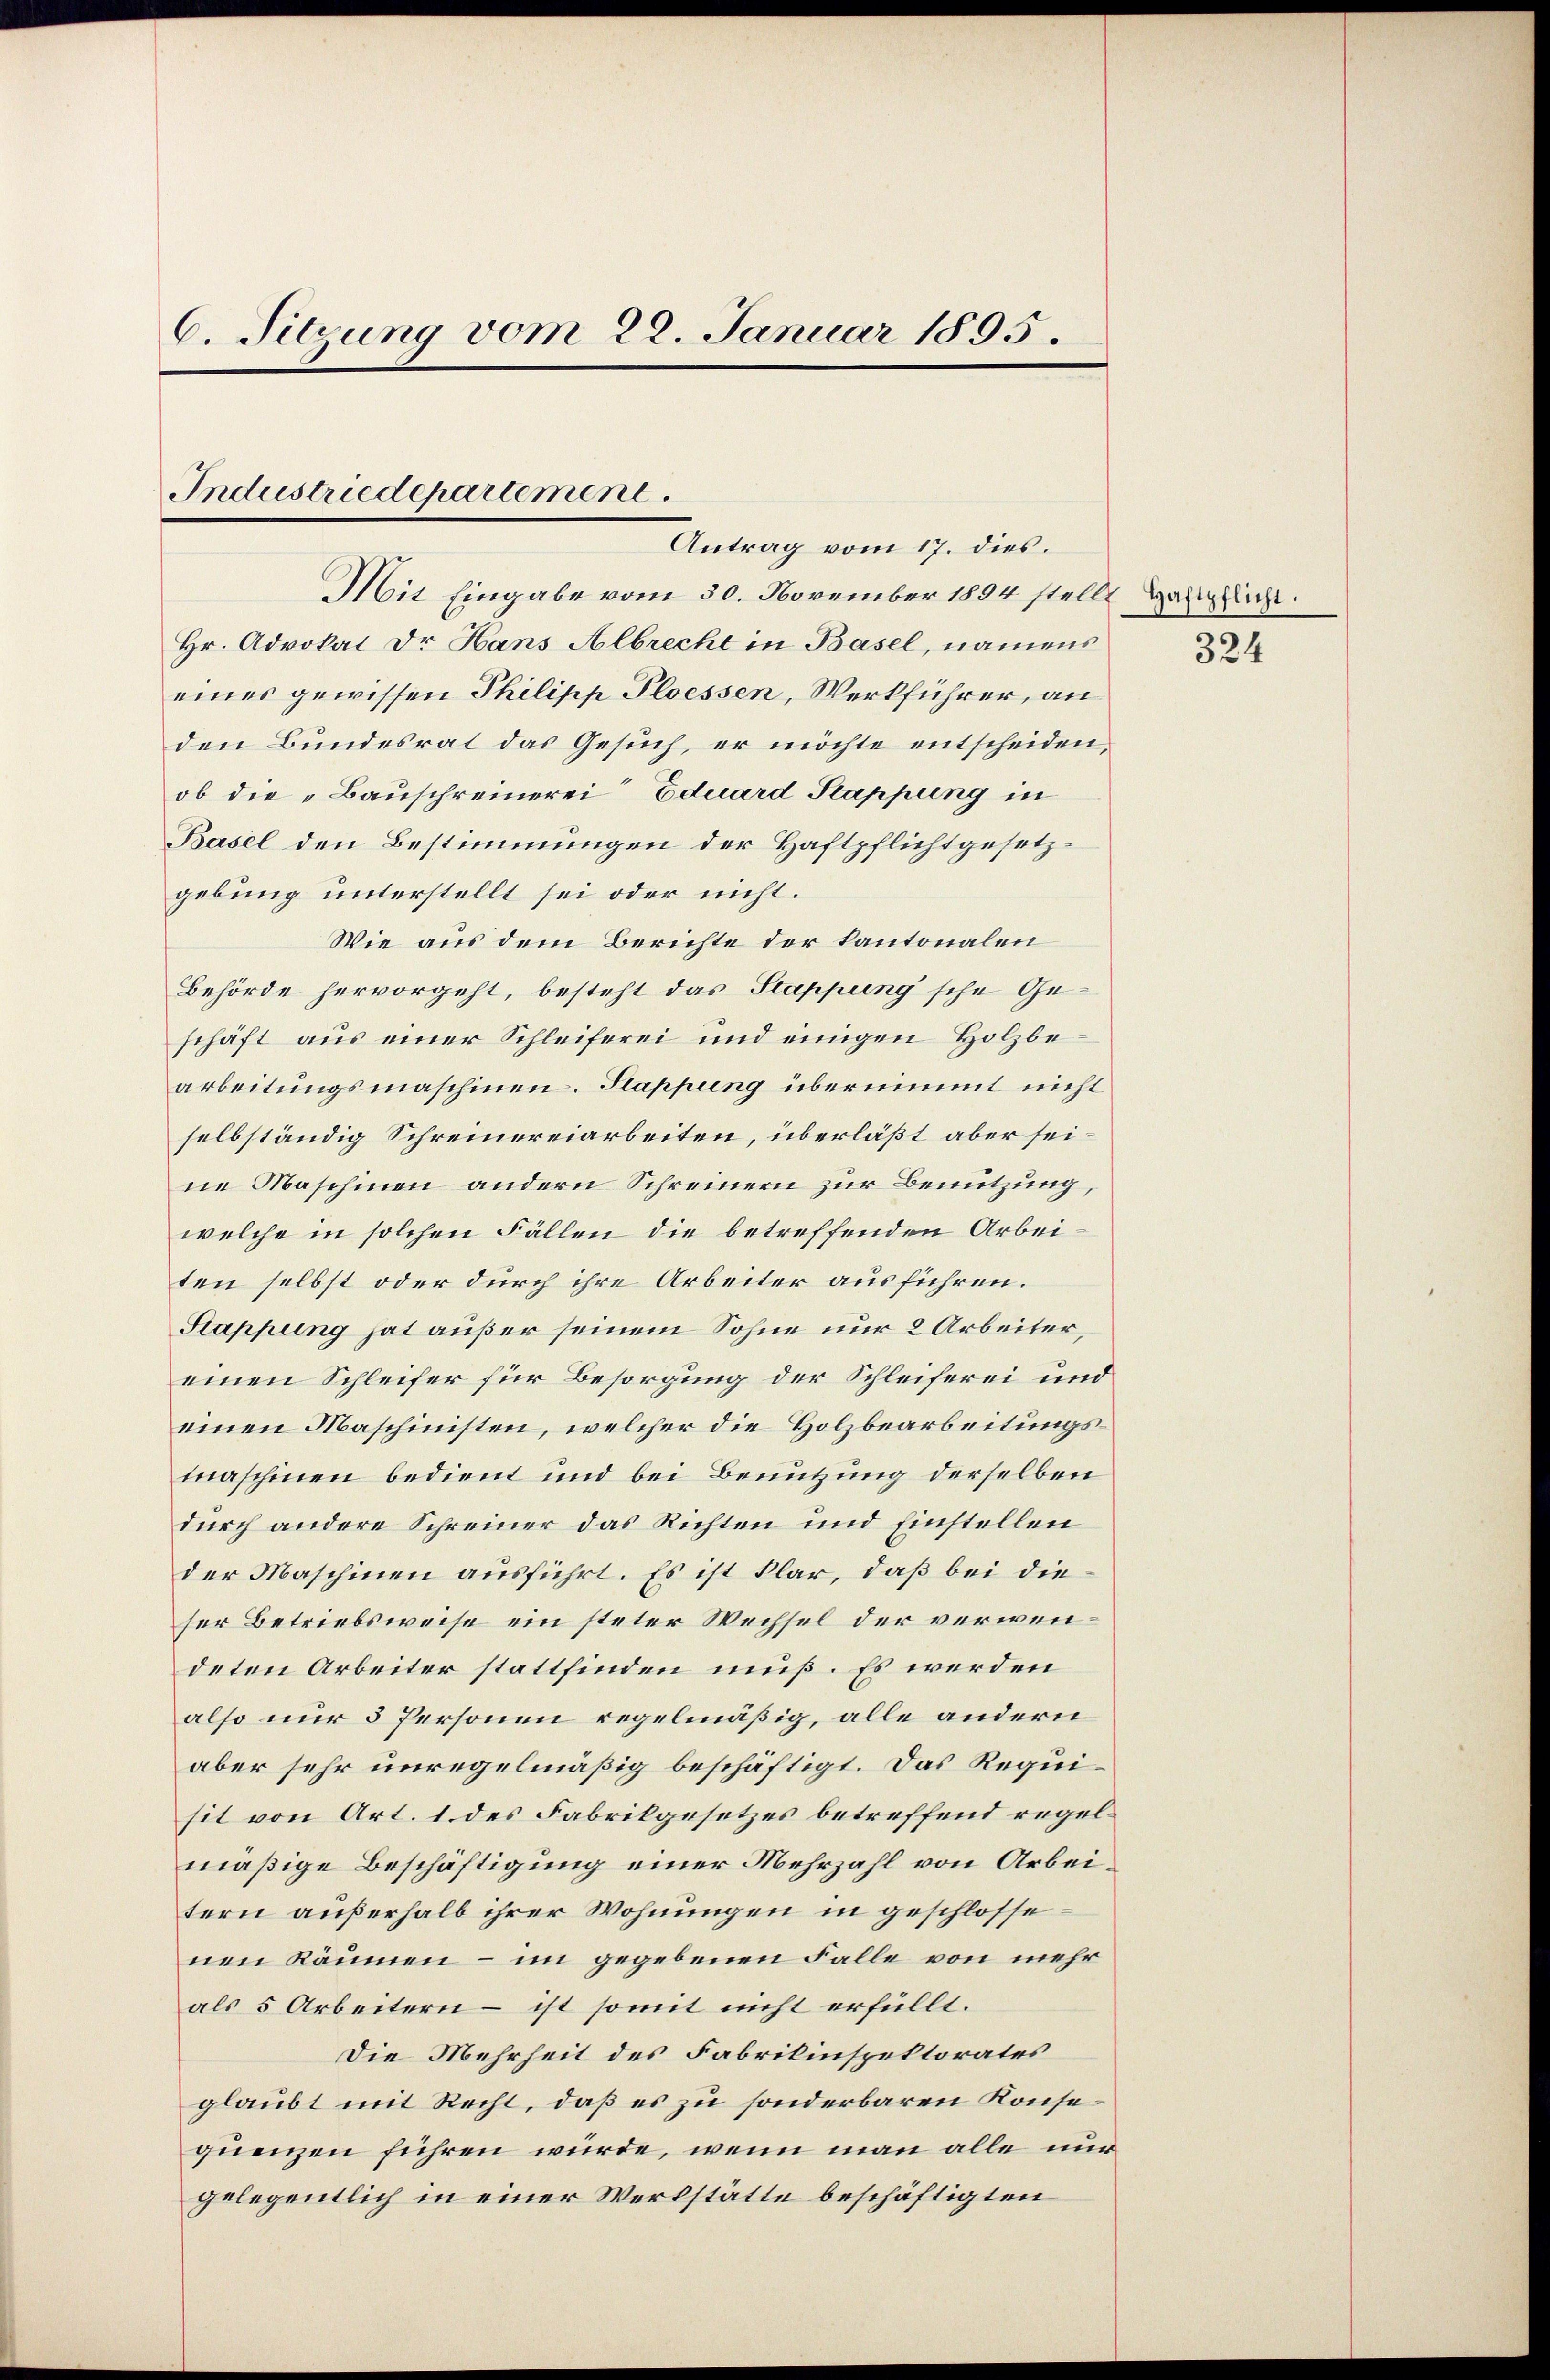
6. Sitzung vom 22. Januar 1895.

Industriedepartement.
Antrag vom 17. dies.

Mit Eingabe vom 30. November 1894 stellt Haftpflicht.
Hr. Advokat Dr Hans Albrecht in Basel, namens
eines gewissen Philipp Ploessen, Werkführer, an
den Bundesrat das Gesuch, er möchte entscheiden,
ob die „Bauschreinerei Eduard Kappung in
Basel den Bestimmungen der Haftpflichtgesetzgebung unterstellt sei oder nicht.
Wie aus dem Berichte der kantonalen
Behörde hervorgeht, besteht das Stappung sche Geschäft aus einer Schleiferei und einigen Holzbearbeitungsmaschinen. Kappung übernimmt nicht
selbständig Schreinereiarbeiten, überläßt aber seine Maschinen andern Schreinern zur Benutzung,
welche in solchen Fällen die betreffenden Arbeiten selbst oder durch ihre Arbeiter ausführen.
Stappung hat außer seinem Sohne nur 2 Arbeiter,
einen Schleifer für Besorgung der Schleiferei und
einen Maschinisten, welcher die Holzbearbeitungsmaschinen bedient und bei Benutzung derselben
durch andere Schreiner das Richten und Einstellen
der Maschinen ausführt. Es ist klar, daß bei dieser Betriebsweise ein steter Wechsel der verwendeten Arbeiter stattfinden muß. Es werden
also nur 5 Personen regelmäßig, alle andern
aber sehr unregelmäßig beschäftigt. Das Requisit von Art. 1 des Fabrikgesetzes betreffend regelmäßige Beschäftigung einer Mehrzahl von Arbeitern außerhalb ihrer Wohnungen in geschlossenen Räumen – im gegebenen Falle von mehr
als 5 Arbeitern – ist somit nicht erfüllt.
Die Mehrheit des Fabrikinspektorates
glaubt mit Recht, daß es zu sonderbaren Konsequenzen führen würde, wenn man alle nur
gelegentlich in einer Werkstätte beschäftigten

324